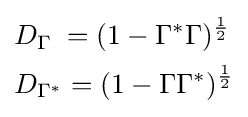
{\begin{aligned}&D_{\Gamma }\;=(1-\Gamma ^{*}\Gamma )^{\frac {1}{2}}\\&D_{\Gamma ^{*}}=(1-\Gamma \Gamma ^{*})^{\frac {1}{2}}\end{aligned}}